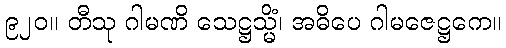
၉၂၀။ တီသု ဂါမဏိ သေဋ္ဌသ္မိံ၊ အဓိပေ ဂါမဇေဋ္ဌကေ။